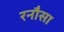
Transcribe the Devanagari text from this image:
रनौसा